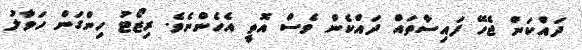
ދައްކަން ޖެހޭ ފައިސާތައް ދައްކެން ވެސް އޮތީ އެހެންނެވެ. ރިޒޯޓު ހިންގަން ހަވާލު